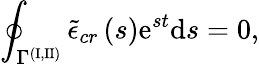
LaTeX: \oint_{\Gamma^{(\mathrm{I,II})}}\tilde{\epsilon}_{cr}\left(s\right)\mathrm{e}^{st}\mathrm{d}s=0,